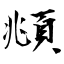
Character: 頫